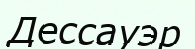
Дессауэр